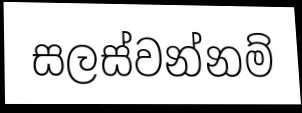
සලස්වන්නම්